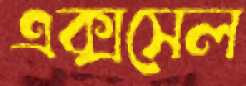
এক্সসেল